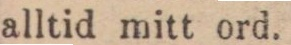
alltid mitt ord.